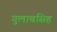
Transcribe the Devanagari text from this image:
गुलाबसिह